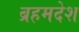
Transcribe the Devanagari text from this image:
ब्रहमदेश